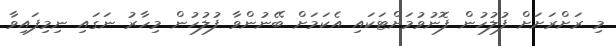
މި ރަށްރަށަށް ފުލުހުން ފޮނުވުމަށްޓަކައި އެކަމަށް ބޭނުންވާ ފުލުހުން މިހާރު ނަގައި ނިމިފައިވާ